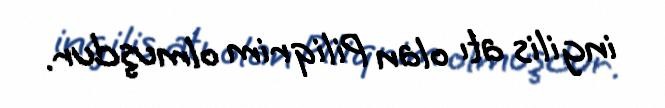
ingilis atı olan Piliqrim olmuşdur.